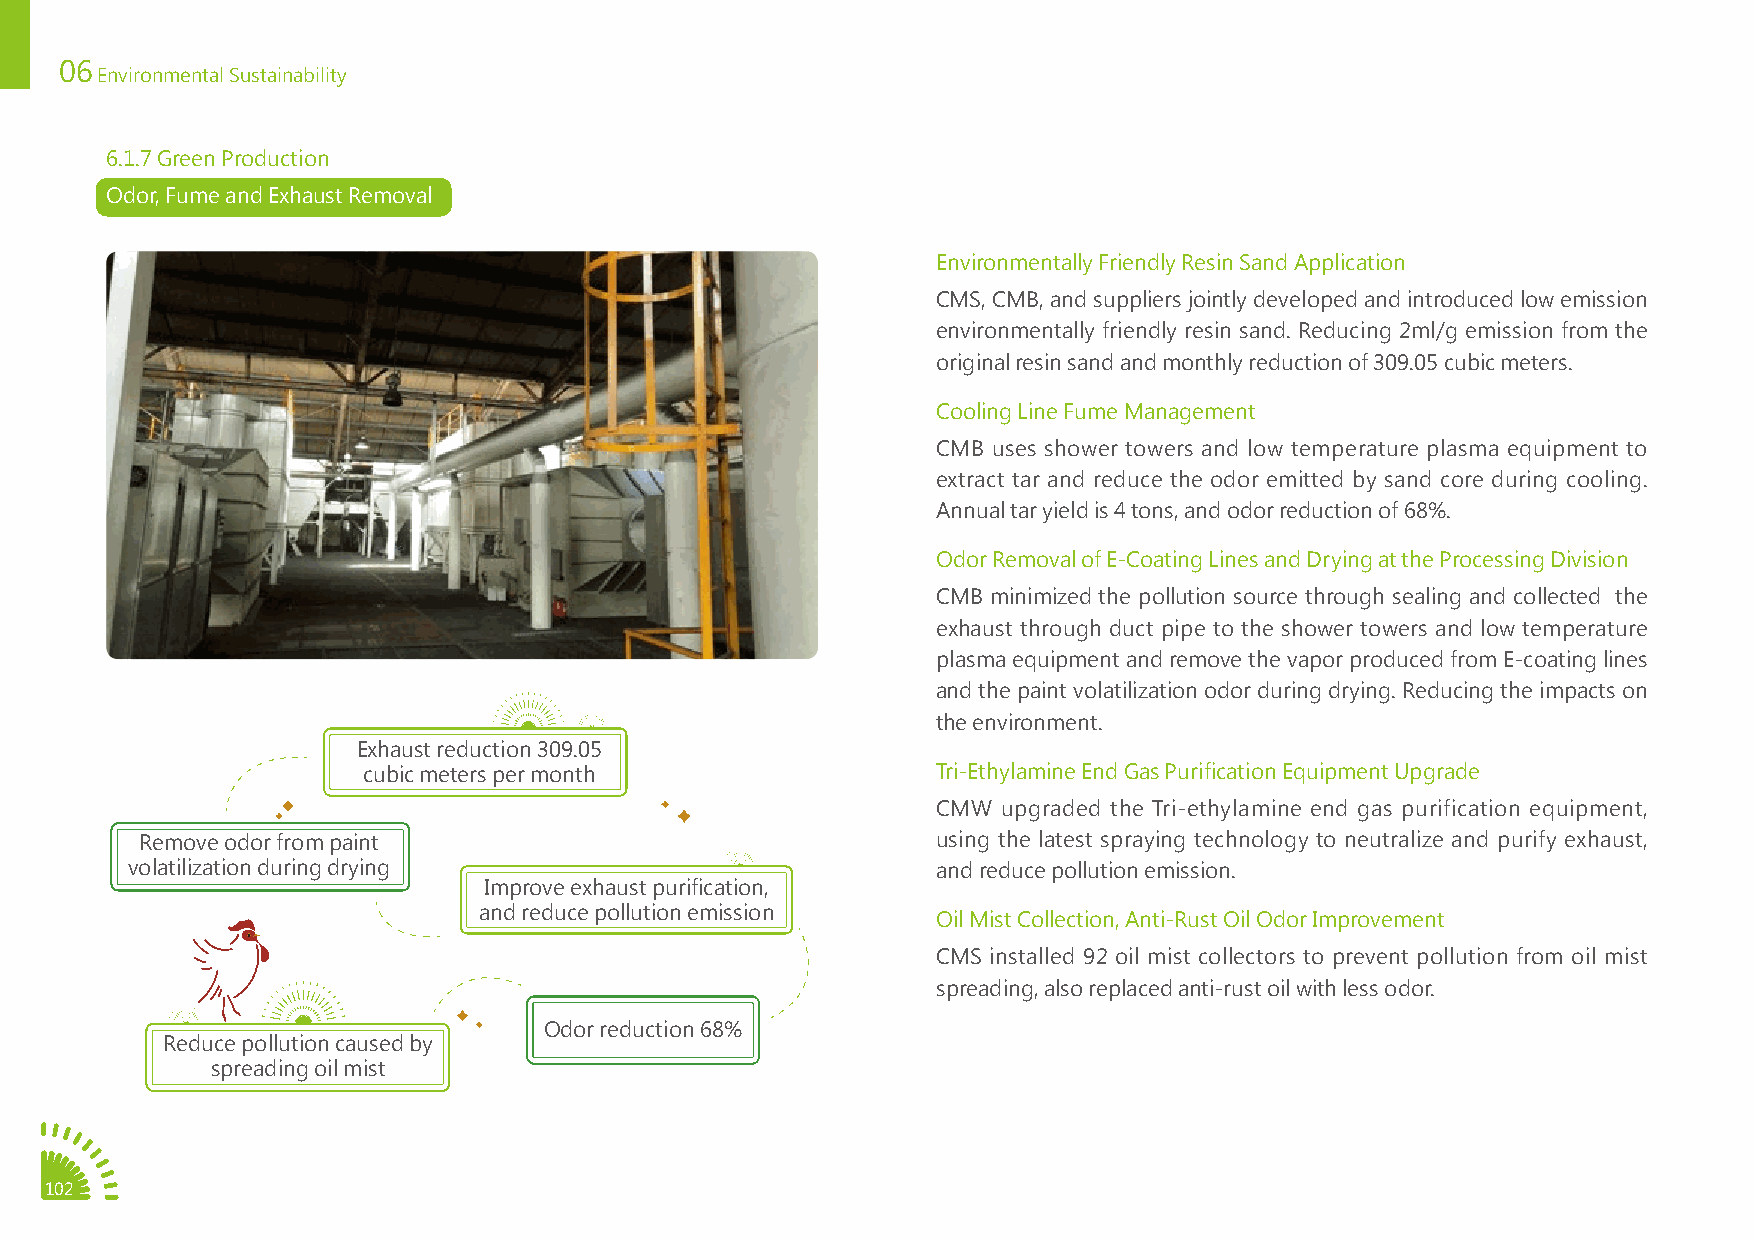
06
 Environmental Sustainability
 6.1.7 Green Production
 Odor, Fume and Exhaust Removal
 Environmentally Friendly Resin Sand Application
 CMS, CMB, and suppliers jointly developed and introduced low emission
 environmentally friendly resin sand. Reducing 2ml/g emission from the
 original resin sand and monthly reduction of 309.05 cubic meters.
 Cooling Line Fume Management
 CMB uses shower towers and low temperature plasma equipment to
 extract tar and reduce the odor emitted by sand core during cooling.
 Annual tar yield is 4 tons, and odor reduction of 68%.
 Odor Removal of E-Coating Lines and Drying at the Processing Division
 CMB minimized the pollution source through sealing and collected the
 exhaust through duct pipe to the shower towers and low temperature
 plasma equipment and remove the vapor produced from E-coating lines
 and the paint volatilization odor during drying. Reducing the impacts on
 the environment.
 Exhaust reduction 309.05
 cubic meters per month                Tri-Ethylamine End Gas Purification Equipment Upgrade
 CMW upgraded the Tri-ethylamine end gas purification equipment,
 Remove odor from paint                               using the latest spraying technology to neutralize and purify exhaust,
 volatilization during drying                          and reduce pollution emission.
 Improve exhaust purification,
 and reduce pollution emission
 Oil Mist Collection, Anti-Rust Oil Odor Improvement
 CMS installed 92 oil mist collectors to prevent pollution from oil mist
 spreading, also replaced anti-rust oil with less odor.
 Odor reduction 68%
 Reduce pollution caused by
 spreading oil mist
 102